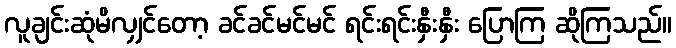
လူချင်းဆုံမိလျှင်တော့ ခင်ခင်မင်မင် ရင်းရင်းနှီးနှီး ပြောကြ ဆိုကြသည်။